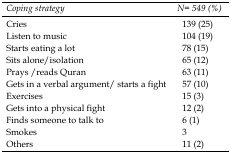
<table><thead><tr><td><b><i>Coping strategy</i></b></td><td><b><i>N= 549 (%)</i></b></td></tr></thead><tbody><tr><td>Cries </td><td>139 (25)</td></tr><tr><td>Listen to music</td><td>104 (19)</td></tr><tr><td>Starts eating a lot</td><td>78 (15)</td></tr><tr><td>Sits alone/isolation</td><td>65 (12)</td></tr><tr><td>Prays /reads Quran</td><td>63 (11)</td></tr><tr><td>Gets in a verbal argument/ starts a fight</td><td>57 (10)</td></tr><tr><td>Exercises</td><td>15 (3)</td></tr><tr><td>Gets into a physical fight</td><td>12 (2)</td></tr><tr><td>Finds someone to talk to</td><td>6 (1)</td></tr><tr><td>Smokes</td><td>3</td></tr><tr><td>Others</td><td>11 (2)</td></tr></tbody></table>